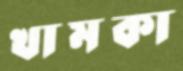
খামকা